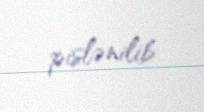
pislənilib.